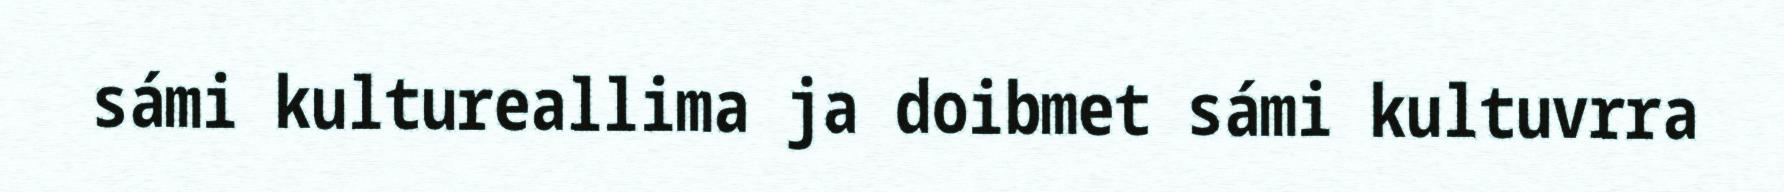
sámi kultureallima ja doibmet sámi kultuvrra